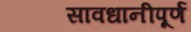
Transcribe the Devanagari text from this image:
सावधानीपूर्ण